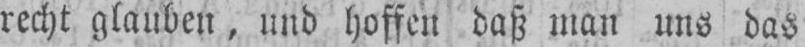
recht glauben, und hoffen daß man uns das